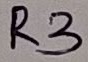
Text: R3